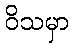
ဝိသမှာ